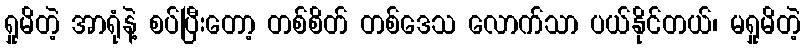
ရှုမိတဲ့ အာရုံနဲ့ စပ်ပြီးတော့ တစ်စိတ် တစ်ဒေသ လောက်သာ ပယ်နိုင်တယ်၊ မရှုမိတဲ့